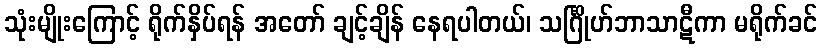
သုံးမျိုးကြောင့် ရိုက်နှိပ်ရန် အတော် ချင့်ချိန် နေရပါတယ်၊ သင်္ဂြိုဟ်ဘာသာဋီကာ မရိုက်ခင်